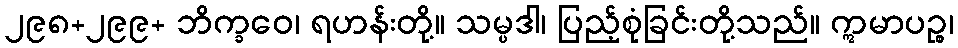
၂၉၈+၂၉၉+ ဘိက္ခဝေ၊ ရဟန်းတို့။ သမ္ပဒါ၊ ပြည့်စုံခြင်းတို့သည်။ ဣမာပဉ္စ၊